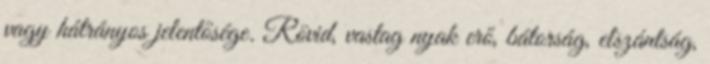
vagy hátrányos jelentősége. Rövid, vastag nyak erő, bátorság, elszántság,